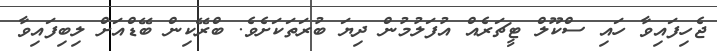
ޖެހިފައިވާ ހައި ސްކޫލް ޓީޗަރެއް އުފަލުމުން ދިޔަ ބުރަތަކަށެވެ. ބްރޭކިން ބޭޑްއަށް ލިބިފައިވާ